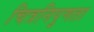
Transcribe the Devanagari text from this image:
चित्रनिपुणता